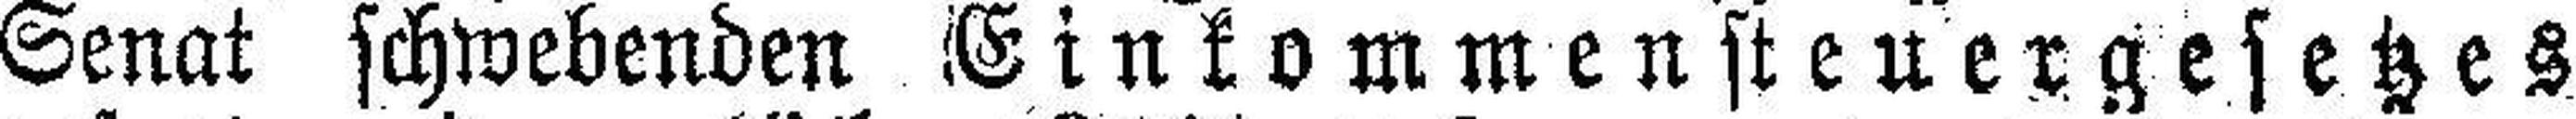
Senat schwebenden Einkommensteuergesetzes